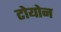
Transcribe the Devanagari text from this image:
टोयोन